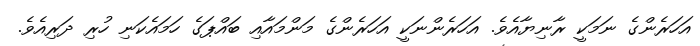
އަހަރެންގެ ނަމަކީ ރާނިޔާއެވެ. އަހަރެންނަކީ އަހަރެންގެ މަންމައާއި ބައްޕަގެ ހަމައެކަނި ހުރި ދަރިއެވެ.